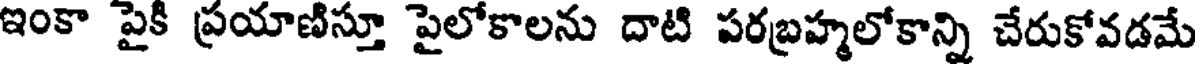
ఇంకా పైకి ప్రయాణిస్తూ పైలోకాలను దాటి పరబ్రహ్మలోకాన్ని చేరుకోవడమే